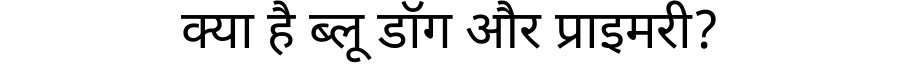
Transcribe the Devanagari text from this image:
क्या है ब्लू डॉग और प्राइमरी?